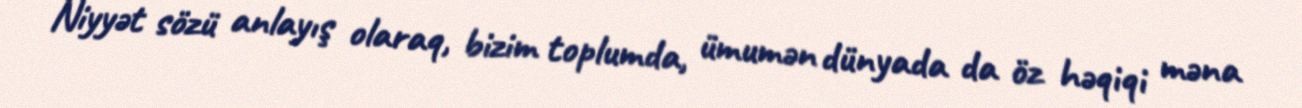
Niyyət sözü anlayış olaraq, bizim toplumda, ümumən dünyada da öz həqiqi məna